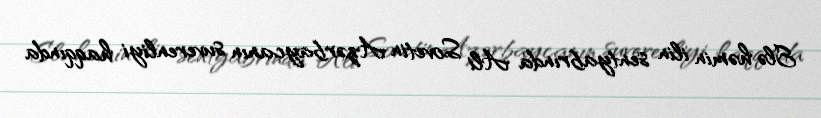
Elə həmin ilin sentyabrında Ali Sovetin Azərbaycanın suverenliyi haqqında